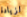
لزيادة